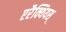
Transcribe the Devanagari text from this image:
एरैक्थियस्‌